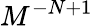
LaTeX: M^{-N+1}